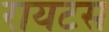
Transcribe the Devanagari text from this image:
रायटस